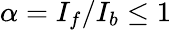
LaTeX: \alpha=I_{f}/I_{b}\leq 1